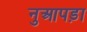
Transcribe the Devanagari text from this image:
नुआपड़ा